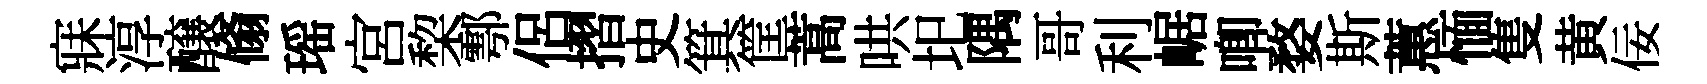
寐淳醸翛瑶宮棃鄠侶摺史箕筐蒿哄圯隅哥利崌唧婺斯蕙愐隻黄佞